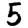
Digit: 5